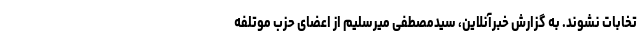
تخابات نشوند. به گزارش خبرآنلاین، سیدمصطفی میرسلیم از اعضای حزب موتلفه